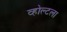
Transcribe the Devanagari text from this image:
व्होल्टला